Lock hospitals Punjab
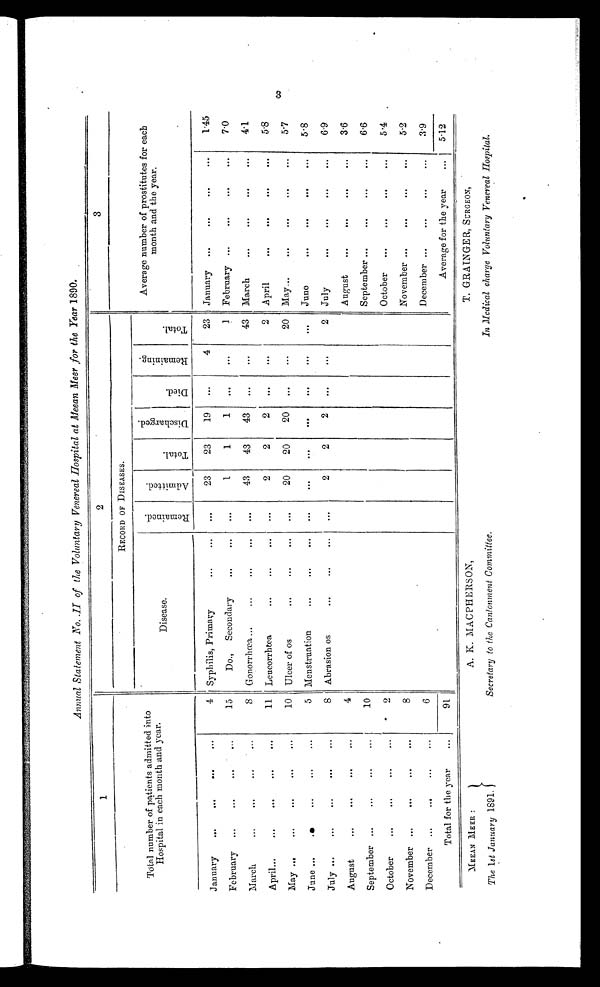
Annual Statement No. .II of the Voluntary Venereal Hospital at Meean Meer for the Year 1890.
1
2
3
Total number of patients admitted into
Hospital in each month and year.
RECORD OF DISEASES.
Average number of prostitutes for each
month and the year.
Disease.
R e m a i n e d .
A d m i t t e d .
T o t a l .
D i s c h a r g e d .
D i e d .
R e m a i n i n g .
T o t a l .
January
. . .
. . .
. . .
. . .
4 Syphilis, Primary
...
...
. . .
23
23
19
...
4
23 January ...
. . . ...
...
1.45
February ...
. . .
. . .
...
15
Do., Secondary
. . .
. . .
. . .
1
1
1
. . .
. . .
1
February ...
. . .
...
...
7.0
March
...
. . .
. . .
...
8 Gonorrhœa ...
...
...
. . .
. . .
43
43
43
...
...
43
March
. . .
. . .
. . .
... 4.1
April...
. . .
. . .
. . .
. . .
11 Leucorrhœa
. . .
. . .
. . .
. . .
2
2
2
. . .
. . .
2 April
. . .
. . .
. . .
...
5.8
May ...
. . .
. . .
. . .
...
10 Ulcer of os
. . .
. . .
...
. . .
20
20
20 ...
. . .
20 May...
. . .
. . .
...
...
5.7
June ...
. . .
. . .
...
. . .
5 Menstruation
. . .
. . .
. . .
. . .
. . .
. . .
. . .
. . .
. . .
. . .
June
. . .
. . .
. . .
...
5.8
July ...
...
. . .
...
. . .
8 Abrasion os
...
...
. . .
. . .
2
2
2
. . .
. . .
2 July
. . .
. . .
...
...
6.9
A u g u s t
...
. . .
. . .
. . .
4
August
. . .
...
. . .
. . .
3.6
September ...
. . .
. . .
...
10
September ...
. . .
...
...
6.6
October
. . .
. . .
. . .
. . .
2
October
...
...
...
...
5.4 .
November ...
. . .
. . .
. . .
8
November ...
...
...
...
5.2
D ecember ...
. . .
. . .
...
6
December ...
...
...
... 3.9
Total for the year
. . .
91
Average for the year
... 5.12
3
MEEAN MEER :
The 1st January 1891.
A. K. MACPHERSON,
Secretary to the Cantonment Committee,
T. GRAINGER, SURGEON,
In Medical charge Voluntary Venereal Hospital.